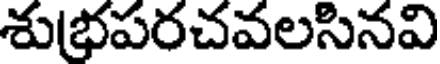
శుభపరచవలసినవి